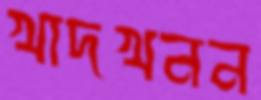
খাদখনন